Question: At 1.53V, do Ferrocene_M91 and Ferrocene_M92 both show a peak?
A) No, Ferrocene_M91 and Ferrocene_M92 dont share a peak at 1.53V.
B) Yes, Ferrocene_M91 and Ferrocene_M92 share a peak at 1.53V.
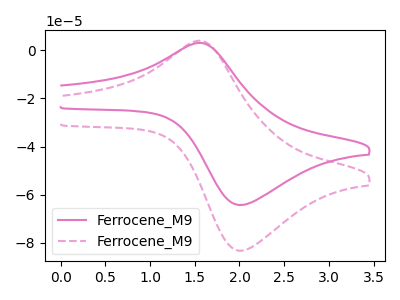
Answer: <think>The pink curve "Ferrocene_M91" has an anodic peak at (1.55V, 3.05uA) and a cathodic peak at (2.00V, -64.20uA). The pink dashed curve "Ferrocene_M92" has an anodic peak at (1.55V, 3.95uA) and a cathodic peak at (2.00V, -83.20uA).</think>
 <answer>B) Yes, "Ferrocene_M91" and "Ferrocene_M92" share a peak at 1.53V.</answer>
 <eval>B</eval>